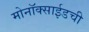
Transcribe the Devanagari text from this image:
मोनॉक्साईडची